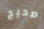
صحيح